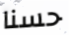
حسنا